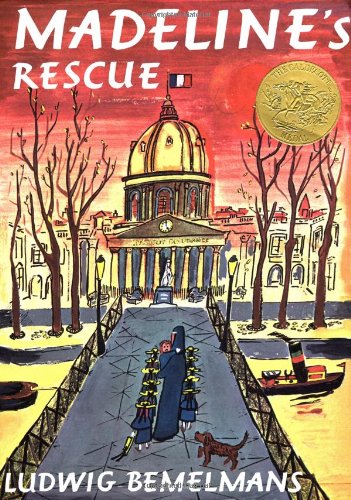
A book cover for Madeline's Rescue; Ludwig Bemelmans; Children's Books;